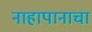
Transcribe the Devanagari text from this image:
नाहापानाचा